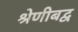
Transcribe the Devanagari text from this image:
श्रेणीबद्व